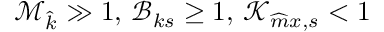
\mathcal { M } _ { \widehat { k } } \gg 1 , \, \mathcal { B } _ { k s } \protect \geq 1 , \, \mathcal { K } _ { \widehat { m } x , s } < 1